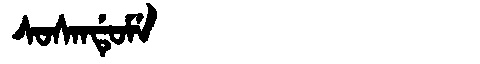
Manchu: ᠰᠣᠰᠠᠨᡩᡠᠮᡝ
Romanization: SOSANDUME